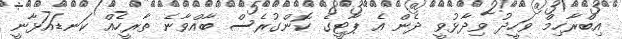
އިބްރާހިމް ވަހީދު ވިދާޅުވީ ދެން އެ ޕާޓީގެ ކޮންގުރެސް ބާއްވާނެ ތާރީހެއް ކަނޑައަޅާނީ